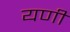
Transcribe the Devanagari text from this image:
यणी